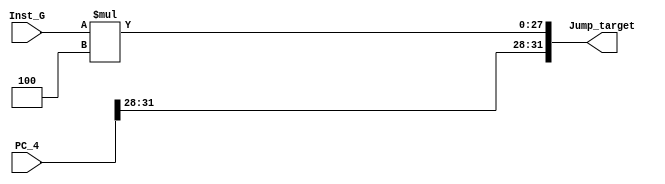
module Calc_Jump (Inst_G, PC_4, Jump_target); 
 
input [25:0] Inst_G; 
input [31:0] PC_4; 			    
			  
 
output [31:0] Jump_target;  
 
reg [31:0] temp; 
 
always @(Inst_G or PC_4 ) begin				 
	temp[27:0]=Inst_G*4;   
	temp[31:28]=PC_4[31:28]; 
	 
end 
 
assign Jump_target=temp; 
 
	 
 
endmodule